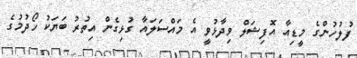
ފުލުހުންގެ މީޑިއާ އޮފިޝަލް ވިދާޅުވީ އެ މައްސަލައާ ގުޅިގެން އިތުރު ބަޔަކު ހޯދުމުގެ